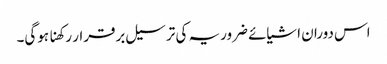
اس دوران اشیائے ضروریہ کی ترسیل برقرار رکھنا ہوگی۔